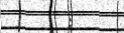
: